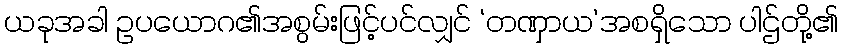
ယခုအခါ ဥပယောဂ၏အစွမ်းဖြင့်ပင်လျှင် ‘တဏှာယ’အစရှိသော ပါဌ်တို့၏